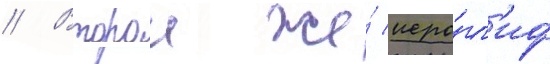
// Второи же́ иеро́гл'иф